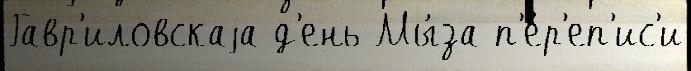
Гавр'иловскаjа д'ень Мы́за п'е́р'еп'ис'и